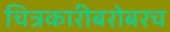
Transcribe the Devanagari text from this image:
चित्रकारीबरोबरच